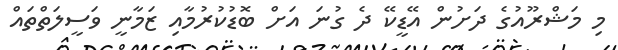
މި މަޝްރޫއުގެ ދަށުން އޭޑީކޭ ދެ ގުނަ އަށް ބޮޑުކުރުމާއި ޒަމާނީ ވަސީލަތްތައް